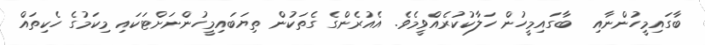
ބާގައިމީހުންނާއި  ބާގައިމީހުން ހަލާކުކުރެއްވީމެވެ. އެއުރެންގެ ގެތަކުން ތިޔަބައިމީހުންނަށްޓަކައި މިކަމުގެ ހެކިތައް